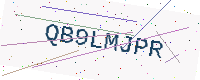
Text: QB9LMJPR